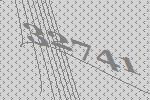
32741